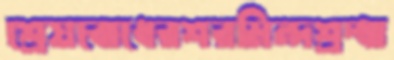
শ্রেয়বোধেরশরমিন্দশ্রদ্ধা